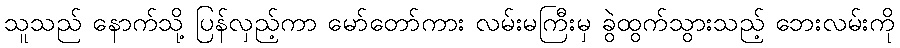
သူသည် နောက်သို့ ပြန်လှည့်ကာ မော်တော်ကား လမ်းမကြီးမှ ခွဲထွက်သွားသည့် ဘေးလမ်းကို